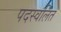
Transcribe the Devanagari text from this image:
पदस्वलित